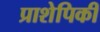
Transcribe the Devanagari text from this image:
प्राशेपिकी